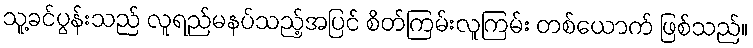
သူ့ခင်ပွန်းသည် လူရည်မနပ်သည့်အပြင် စိတ်ကြမ်းလူကြမ်း တစ်ယောက် ဖြစ်သည်။